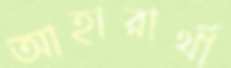
আহারার্থী